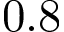
0 . 8